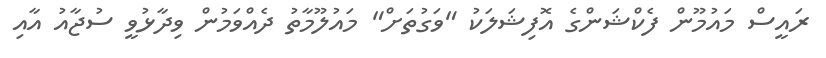
ރައީސް މައުމޫން ފެކްޝަންގެ އޮފިޝަލަކު "ވަގުތަށް" މައުލޫމާތު ދެއްވަމުން ވިދާޅުވީ ސުޖާއު އާއި